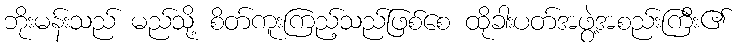
ဘိုးမန်းသည် မည်သို့ စိတ်ကူးကြည့်သည်ဖြစ်စေ ထိုခါးပတ်အဖွဲ့အစည်းကြီး၏